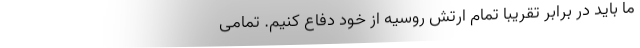
ما باید در برابر تقریباً تمام ارتش روسیه از خود دفاع کنیم. تمامی